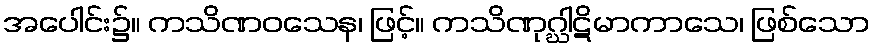
အပေါင်း၌။ ကသိဏဝသေန၊ ဖြင့်။ ကသိဏုဂ္ဃါဋိမာကာသေ၊ ဖြစ်သော